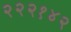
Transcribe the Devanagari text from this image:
२२२१४२